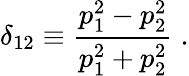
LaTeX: \delta_{12}\equiv\frac{p_{1}^{2}-p_{2}^{2}}{p_{1}^{2}+p_{2}^{2}}\; .